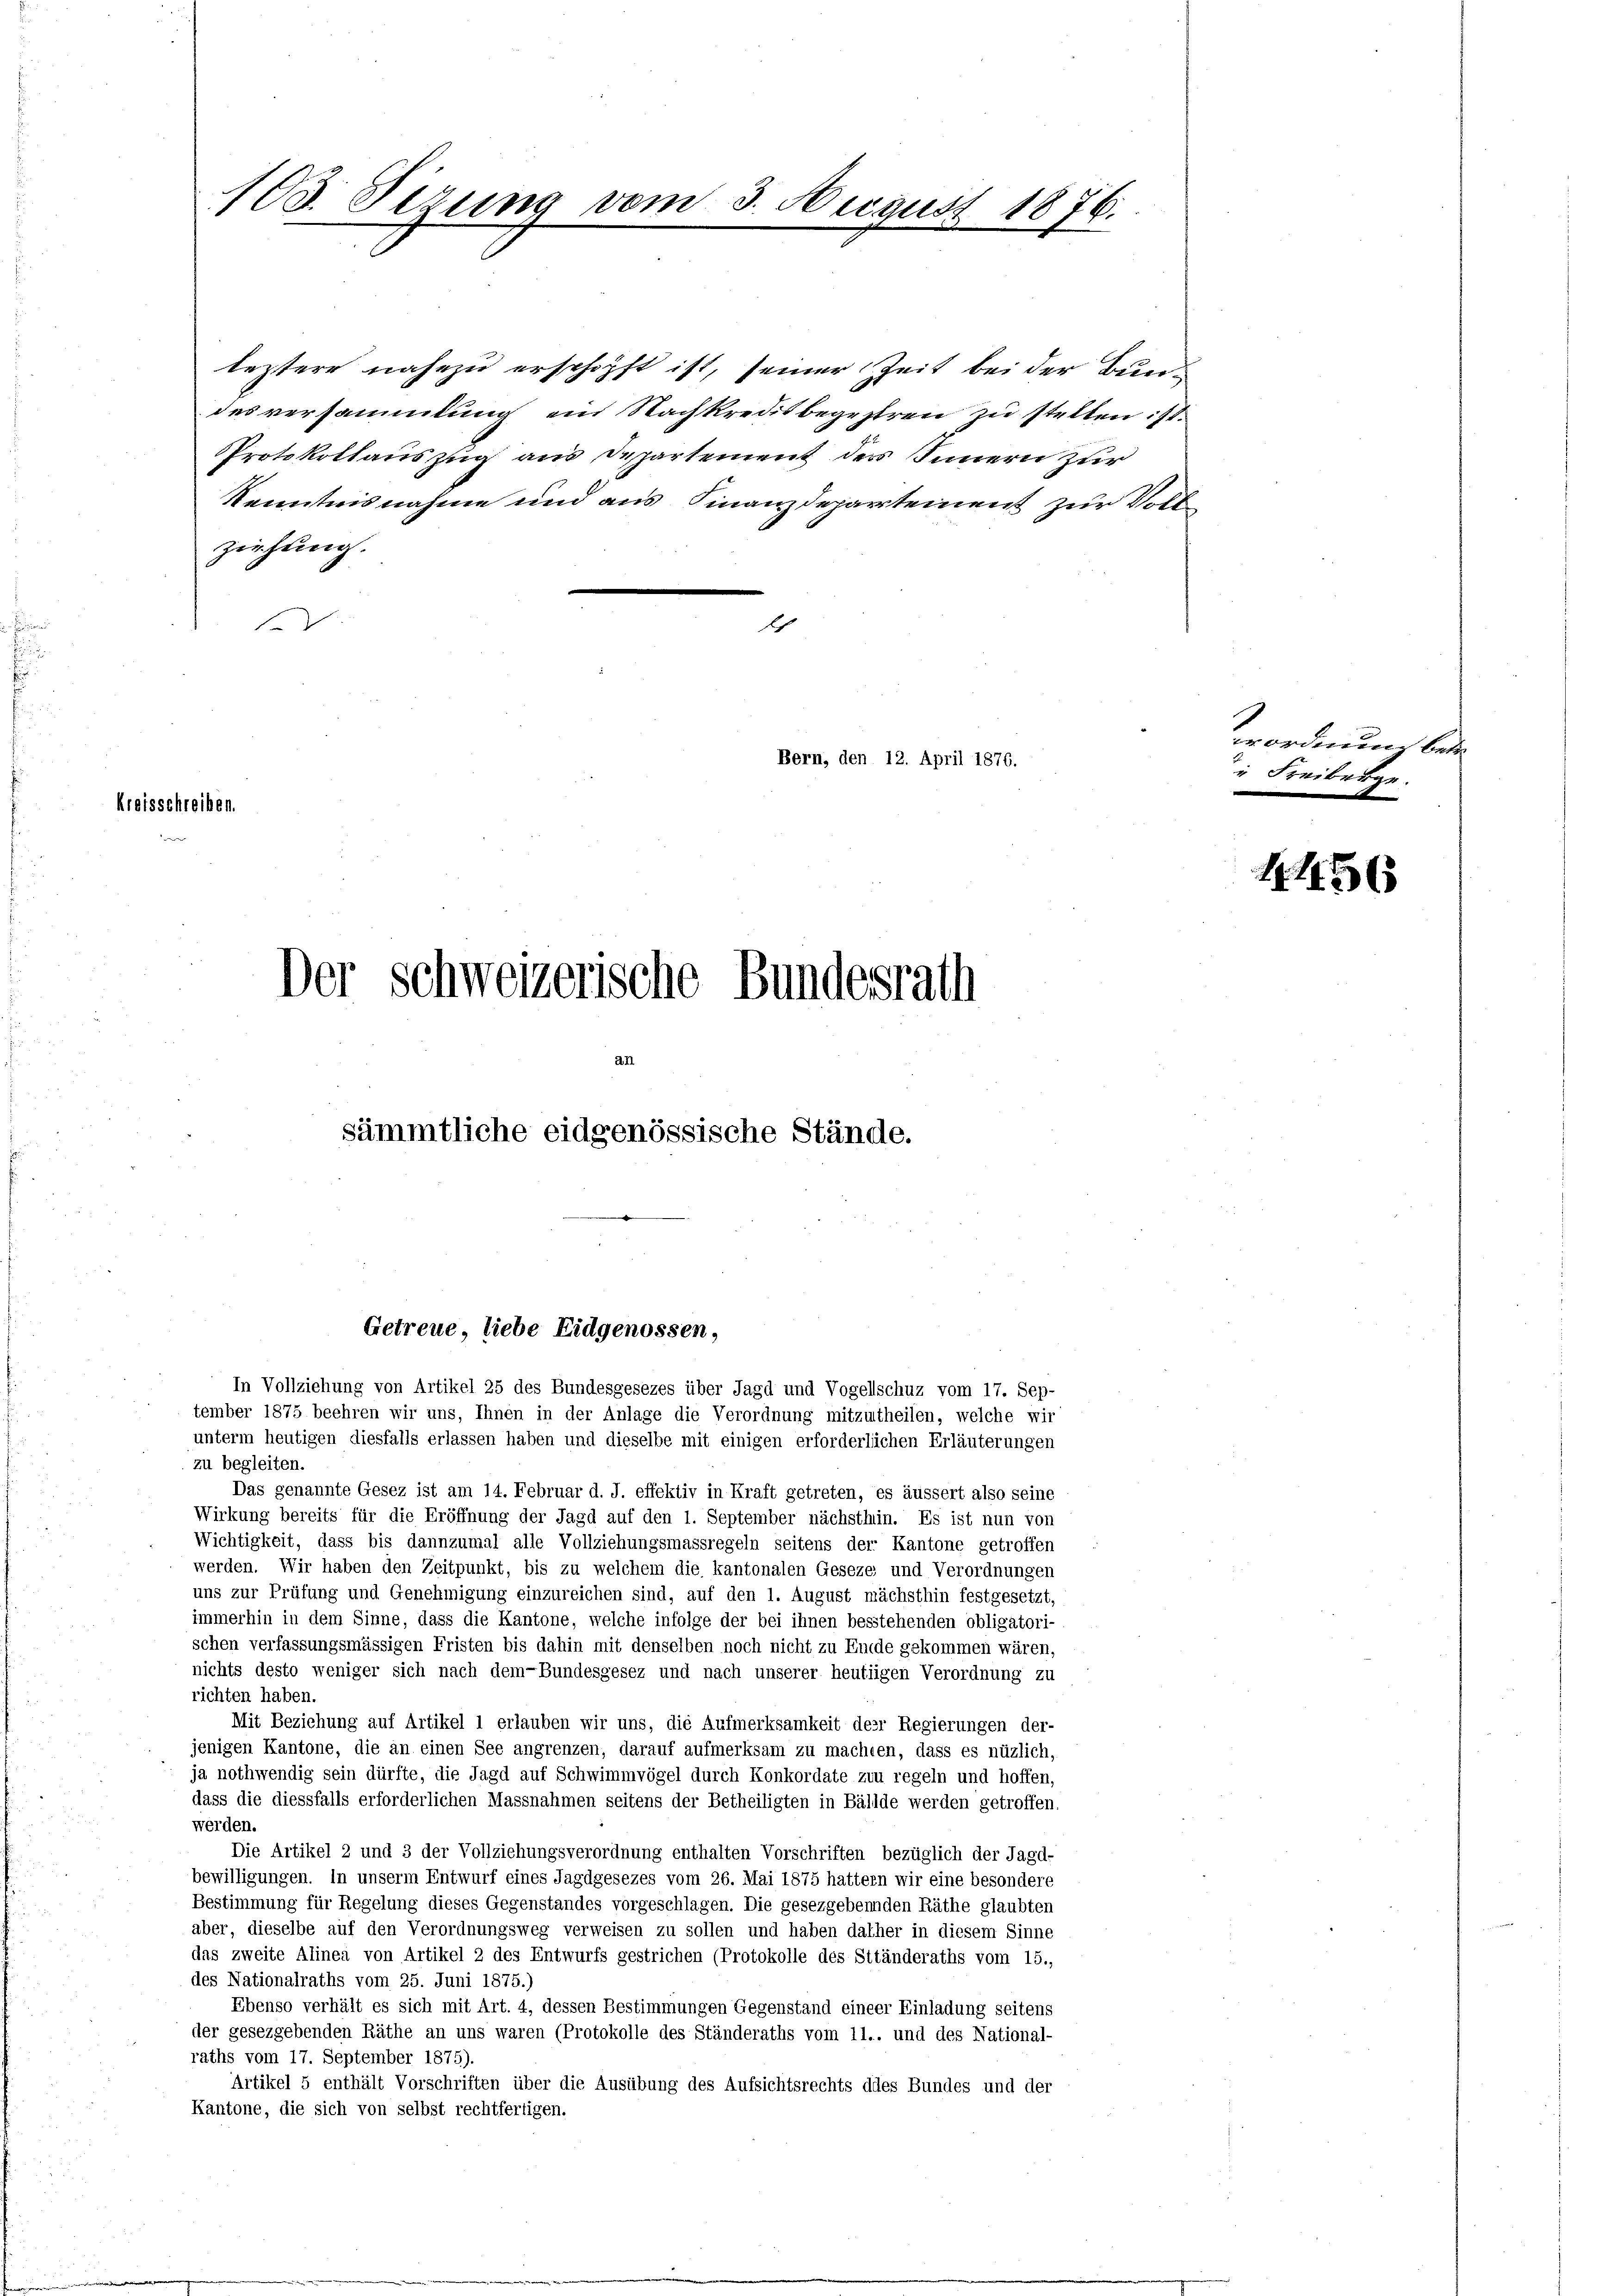
Kreisschreiben.

108. Serung vom 3. August 1876.

leztere nahezu erschöpft ist, seiner Zeit bei der Bundesversammlung ein Nachkreisbegestren zu stellen ist.
Kenntnisnahme und aus Finanzdepartement zur Voll¬
Ziehung.
f
h

PProtokollauszug aus Departement der Innern zur

Der Schweizerische Bundesrath
sämmtliche eidgenössische Stände.

Getreue, liebe Eidgenossen,
In Vollziehung von Artikel 25 des Bundesgesezes über Jagd und Vogellschuz vom 17. Sep-

tember 1875 beehren wir uns, Ihnen in der Anlage die Verordnung mitzutheilen, welche wir
unterm heutigen diesfalls erlassen haben und dieselbe mit einigen erforderlichen Erläuterungen
zu begleiten.
Das genannte Gesez ist am 14. Februar d. J. effektiv in Kraft getreten, es äussert also seine
Wirkung bereits für die Eröffnung der Jagd auf den 1. September nächsthin. Es ist nun von
Wichtigkeit, dass bis dannzumal alle Vollziehungsmassregeln seitens der Kantone getroffen
werden. Wir haben den Zeitpunkt, bis zu welchem die kantonalen Geseze und Verordnungen
uns zur Prüfung und Genehmigung einzureichen sind, auf den 1. August mächsthin festgesetzt,
immerhin in dem Sinne, dass die Kantone, welche infolge der bei ihnen besstehenden obligatori-
schen verfassungsmässigen Fristen bis dahin mit denselben noch nicht zu Ende gekommen wären,
nichts desto weniger sich nach dem Bundesgesez und nach unserer heutiigen Verordnung zu
richten haben.
Mit Beziehung auf Artikel 1 erlauben wir uns, die Aufmerksamkeit des Regierungen der-
jenigen Kantone, die an einen See angrenzen, darauf aufmerksam zu machten, dass es nüzlich,
ja nothwendig sein dürfte, die Jagd auf Schwimmvögel durch Konkordate zur regeln und hoffen,
dass die diessfalls erforderlichen Massnahmen seitens der Betheiligten in Bällde werden getroffen.
werden.
Die Artikel 2 und 3 der Vollziehungsverordnung enthalten Vorschriften bezüglich der Jagd-
bewilligungen. In unserm Entwurf eines Jagdgesezes vom 26. Mai 1875 hattern wir eine besondere
Bestimmung für Regelung dieses Gegenstandes vorgeschlagen. Die gesezgebennden Räthe glaubten
aber, dieselbe auf den Verordnungsweg verweisen zu sollen und haben daher in diesem Sinne
das zweite Alinea von Artikel 2 des Entwurfs gestrichen (Protokolle des Sttänderaths vom 15.,
des Nationalraths vom 25. Juni 1875.)
Ebenso verhält es sich mit Art. 4, dessen Bestimmungen Gegenstand eineer Einladung seitens
der gesezgebenden Räthe an uns waren (Protokolle des Ständeraths vom 11., und des National-
raths vom 17. September 1875).
Artikel 5 enthält Vorschriften über die Ausübung des Aufsichtsrechts dies Bundes und der
Kantone, die sich von selbst rechtfertigen.

Bern, den 12. April 1876.

wordern betr.
e Freiberen.

1 156